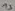
Text: 13